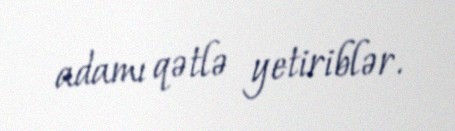
adamı qətlə yetiriblər.